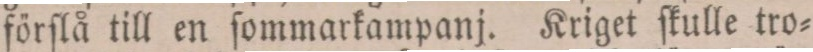
förſlå till en ſommarkampanj. Kriget ſkulle tro=